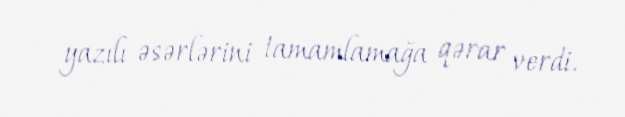
yazılı əsərlərini tamamlamağa qərar verdi.